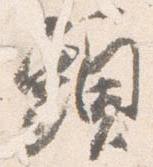
頭